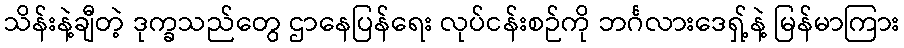
သိန်းနဲ့ချီတဲ့ ဒုက္ခသည်တွေ ဌာနေပြန်ရေး လုပ်ငန်းစဉ်ကို ဘင်္ဂလားဒေရှ့်နဲ့ မြန်မာကြား